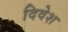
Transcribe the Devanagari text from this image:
दिवेश